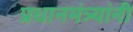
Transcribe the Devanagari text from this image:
प्रधानमंत्र्यांनी